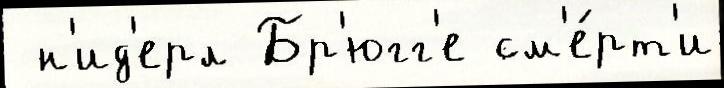
 н'ид'ерл Бр'югг'е см'е́рт'и